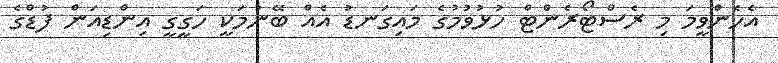
އެހެންވީމަ މި ރެސްޓޯރެންޓް ހުޅުވުމުގެ މައިގަނޑު އެއް ބޭނުމަކީ ހަގީގީ އިންޑިއަން ފުޑްގެ